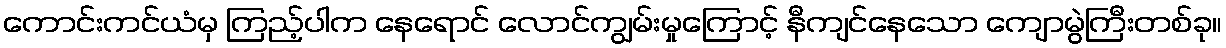
ကောင်းကင်ယံမှ ကြည့်ပါက နေရောင် လောင်ကျွမ်းမှုကြောင့် နီကျင်နေသော ကျောမွဲကြီးတစ်ခု။